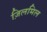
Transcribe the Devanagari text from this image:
ज़िलमिल